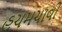
હચમચાવી